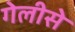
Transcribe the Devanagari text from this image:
गेलीसे